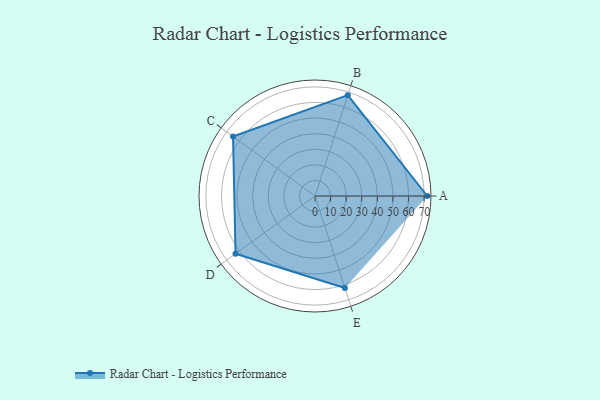
{"axis": {"x": "Skill", "y": "Score"}, "legend": ["Profile"], "data": [{"x": "A", "y": 72.0, "type": "Profile"}, {"x": "B", "y": 68.0, "type": "Profile"}, {"x": "C", "y": 65.0, "type": "Profile"}, {"x": "D", "y": 63.0, "type": "Profile"}, {"x": "E", "y": 62.0, "type": "Profile"}]}